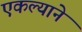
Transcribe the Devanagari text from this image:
एकल्याने